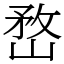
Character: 嵍